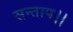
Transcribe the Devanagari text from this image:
सन्‍ताप।।